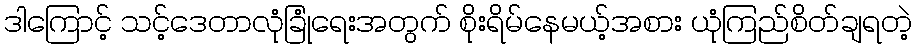
ဒါကြောင့် သင့်ဒေတာလုံခြုံရေးအတွက် စိုးရိမ်နေမယ့်အစား ယုံကြည်စိတ်ချရတဲ့